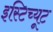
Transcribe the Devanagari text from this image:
इस्‍टिच्‍यूट